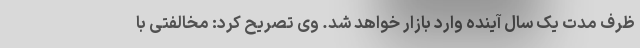
ظرف مدت یک سال آینده وارد بازار خواهد شد. وی تصریح کرد: مخالفتی با